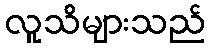
လူသိများသည်